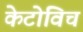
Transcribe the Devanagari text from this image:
केटोविच